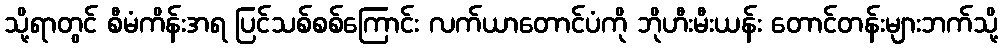
သို့ရာတွင် စီမံကိန်းအရ ပြင်သစ်စစ်ကြောင်း လက်ယာတောင်ပံကို ဘိုဟီးမီးယန်း တောင်တန်းများဘက်သို့